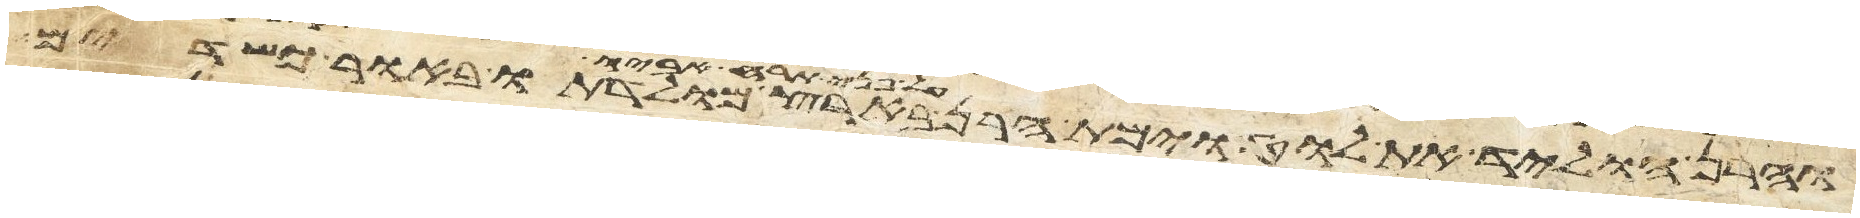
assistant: והרן הוליד את לוט וימת הרן על פני תרח אביו בארץ מולדתו באור כשדים